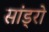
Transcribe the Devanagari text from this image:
सांड्रो